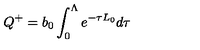
Q ^ { + } = b _ { 0 } \int _ { 0 } ^ { \Lambda } e ^ { - \tau L _ { 0 } } d \tau